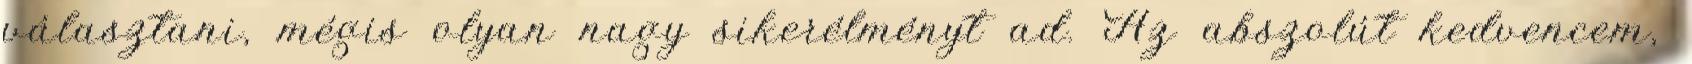
választani, mégis olyan nagy sikerélményt ad. Az abszolút kedvencem,